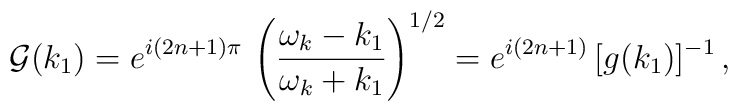
{\cal G}(k_1)=e^{i(2n+1)\pi}\,\left(\frac{\omega_k-k_1}{\omega_k+k_1}\right)^{1/2}   =e^{i(2n+1)}\,[g(k_1)]^{-1}\,,